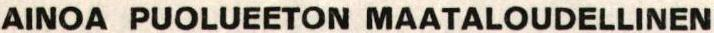
AINOA PUOLUEETON MAATALOUDELLINEN